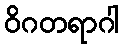
ဝိဂတရာဂါ